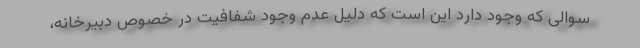
سوالی که وجود دارد این است که دلیل عدم وجود شفافیت در خصوص دبیرخانه،